Annual report on the working of the lock hospitals in the North-Western Provinces and Oudh
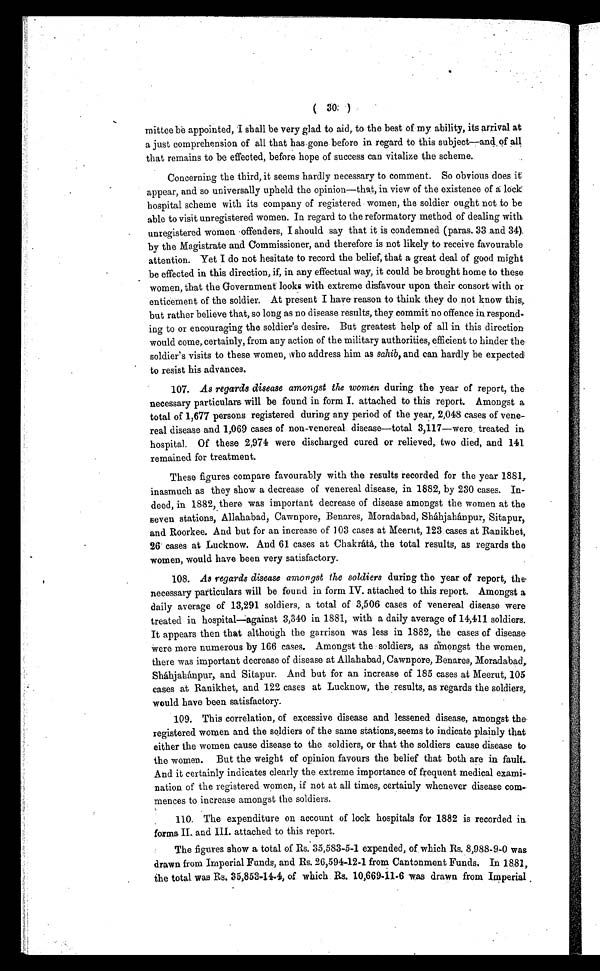
( 30 )
mittee be appointed, I shall be very glad to aid,. to the best of my ability, its arrival at
a just comprehension of all that has gone before in regard to this subject—and of all
that remains to be effected, before hope of success can vitalize the scheme.
Concerning the third, it seems hardly necessary to comment. So obvious does it
appear, and so universally upheld the opinion—that, in view of the existence of a lock
hospital scheme with its company of registered women, the soldier ought not to be
able to visit unregistered women. In regard to the reformatory method of dealing with
unregistered women offenders, I should say that it is condemned (paras. 33 and 34)
by the Magistrate and Commissioner, and therefore is not likely to receive favourable
attention. Yet I do not hesitate to record the belief, that a great deal of good might
be effected in this direction, if, in any effectual way, it could be brought home to these
women, that the Government looks with extreme disfavour upon their consort with or
enticement of the soldier. At present I have reason to think they do not know this,
but rather believe that, so long as no disease results, they commit no offence in respond
-ing to or encouraging the soldier's desire. But greatest help of all in this direction
would come, certainly, from any action of the military authorities, efficient to hinder the
soldier's visits to these women, who address him as sahib, and can hardly be expected
to resist his advances.
107. As regards disease amongst the women during the year of report, the
necessary particulars will be found in form I. attached to this report. Amongst a
total of 1,677 persons registered during any period of the year, 2,048 cases of vene
- r e a l d i s e a s e a n d 1 , 0 6 9 c a s e s o f n o n - v e n e r e a l d i s e a s e — t o t a l 3 , 1 1 7 — w e r e t r e a t e d i n
hospital. Of these 2,974 were discharged cured or relieved, two died, and 141
remained for treatment.
These figures compare favourably with the results recorded for the year 1881,
inasmuch as they show a decrease of venereal disease, in 1882, by 230 cases. In
-deed, in 1882, there was important decrease of disease amongst the women at the
seven stations, Allahabad, Cawnpore, Benares, Moradabad, Sháhjahánpur, Sitapur,
and Roorkee. And but for an increase of 103 cases at Meerut, 123 cases at Ranikhet,
26 cases at Lucknow. And 61 cases at Chakrátá, the total results, as regards the
women, would have been very satisfactory.
108. As regards disease amongst the soldiers during the year of report, the
necessary particulars will be found in form IV. attached to this report. Amongst a
daily average of 13,291 soldiers, a total of 3,506 cases of venereal disease were
treated in hospital—against 3,340 in 1881, with a daily average of 14,411 soldiers.
It appears then that although the garrison was less in 1882, the cases of disease
were more numerous by 166 cases. Amongst the soldiers, as amongst the women,
there was important decrease of disease at Allahabad, Cawnpore, Benares, Moradabad,
Sháhjahánpur, and Sitapur. And but for an increase of 185 cases at Meerut, 105
cases at Ranikhet, and 122 cases at Lucknow, the results, as regards the soldiers,
would have been satisfactory.
109. This correlation, of excessive disease and lessened disease, amongst the.
registered women and the soldiers of the same stations, seems to indicate plainly that
either the women cause disease to the soldiers, or that the soldiers cause disease to
the women. But the weight of opinion favours the belief that both are in fault.
And it certainly indicates clearly the extreme importance of frequent medical exami-
nation of the registered women, if not at all times, certainly whenever disease com
-
mences to increase amongst the soldiers.
110. The expenditure on account of lock hospitals for 1882 is recorded in
forms II.. and III. attached to this report.
The figures show a total of Rs. 35,583-5-1 expended, of which Rs. 8,988-9-0 was
drawn from Imperial Funds, and Rs. 26,594-12-1 from Cantonment Funds. In 1881,
the total. was Rs. 35,853-14-4, of which Rs. 10,669-11-6 was drawn from Imperial